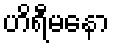
ဟိရီမနော